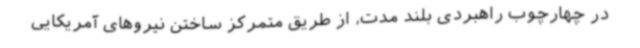
در چهارچوب راهبردی بلند مدت، از طریق متمرکز ساختن نیروهای آمریکایی